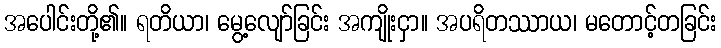
အပေါင်းတို့၏။ ရတိယာ၊ မွေ့လျော်ခြင်း အကျိုးငှာ။ အပရိတဿာယ၊ မတောင့်တခြင်း